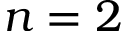
n = 2